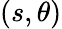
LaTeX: (s,\theta)